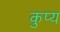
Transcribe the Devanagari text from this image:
कुप्य